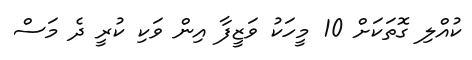
ކުއްލި ގޮތަކަށް 10 މީހަކު ވަޒީފާ އިން ވަކި ކުރީ ދެ މަސް